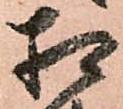
相